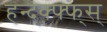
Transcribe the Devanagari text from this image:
हन्द्क्फ्फ्स्